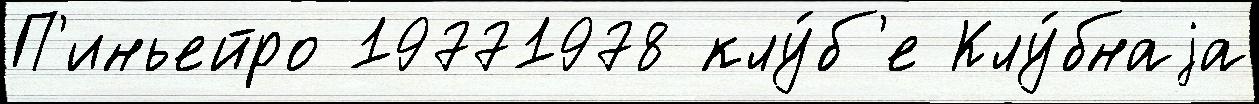
П'иньейро 19771978 клу́б'е Клу́бнаjа